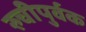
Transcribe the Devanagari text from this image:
रुचीपुर्वक